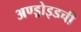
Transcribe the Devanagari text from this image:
अण्ड्रोइडची